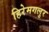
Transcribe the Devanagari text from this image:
हिरेमगलुर